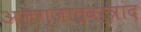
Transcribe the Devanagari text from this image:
अलग्जांद्रवर्त्रांद